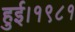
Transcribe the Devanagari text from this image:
हुई।१९८१